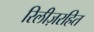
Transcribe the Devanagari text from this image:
रिलीज़रहित